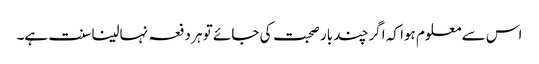
اس سے معلوم ہوا کہ اگر چند بار صحبت کی جائے تو ہر دفعہ نہالینا سنت ہے۔